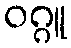
ဝဂ္ဂူ